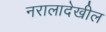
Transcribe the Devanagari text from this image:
नरालादेखील